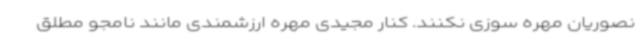
نصوریان مهره سوزی نکنند. کنار مجیدی مهره ارزشمندی مانند نامجو مطلق